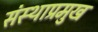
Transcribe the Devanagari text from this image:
संस्थाप्रमुख